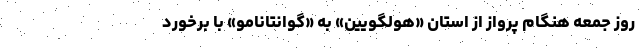
روز جمعه هنگام پرواز از استان «هولگویین» به «گوانتانامو» با برخورد